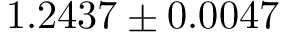
1 . 2 4 3 7 \pm 0 . 0 0 4 7